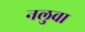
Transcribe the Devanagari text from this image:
नलुवा